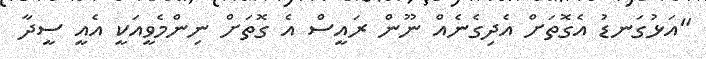
"އަޅުގަނޑު އެގޮތަށް އެދިގެނެއް ނޫން ރައީސް އެ ގޮތަށް ނިންމެވީއަކީ އެއީ ސީދާ